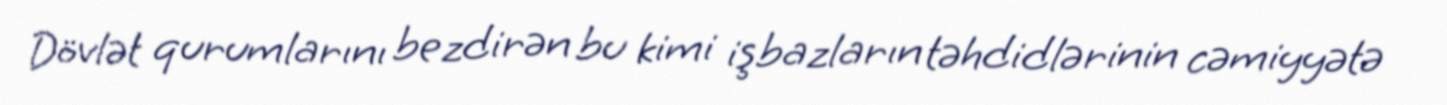
Dövlət qurumlarını bezdirən bu kimi işbazların təhdidlərinin cəmiyyətə